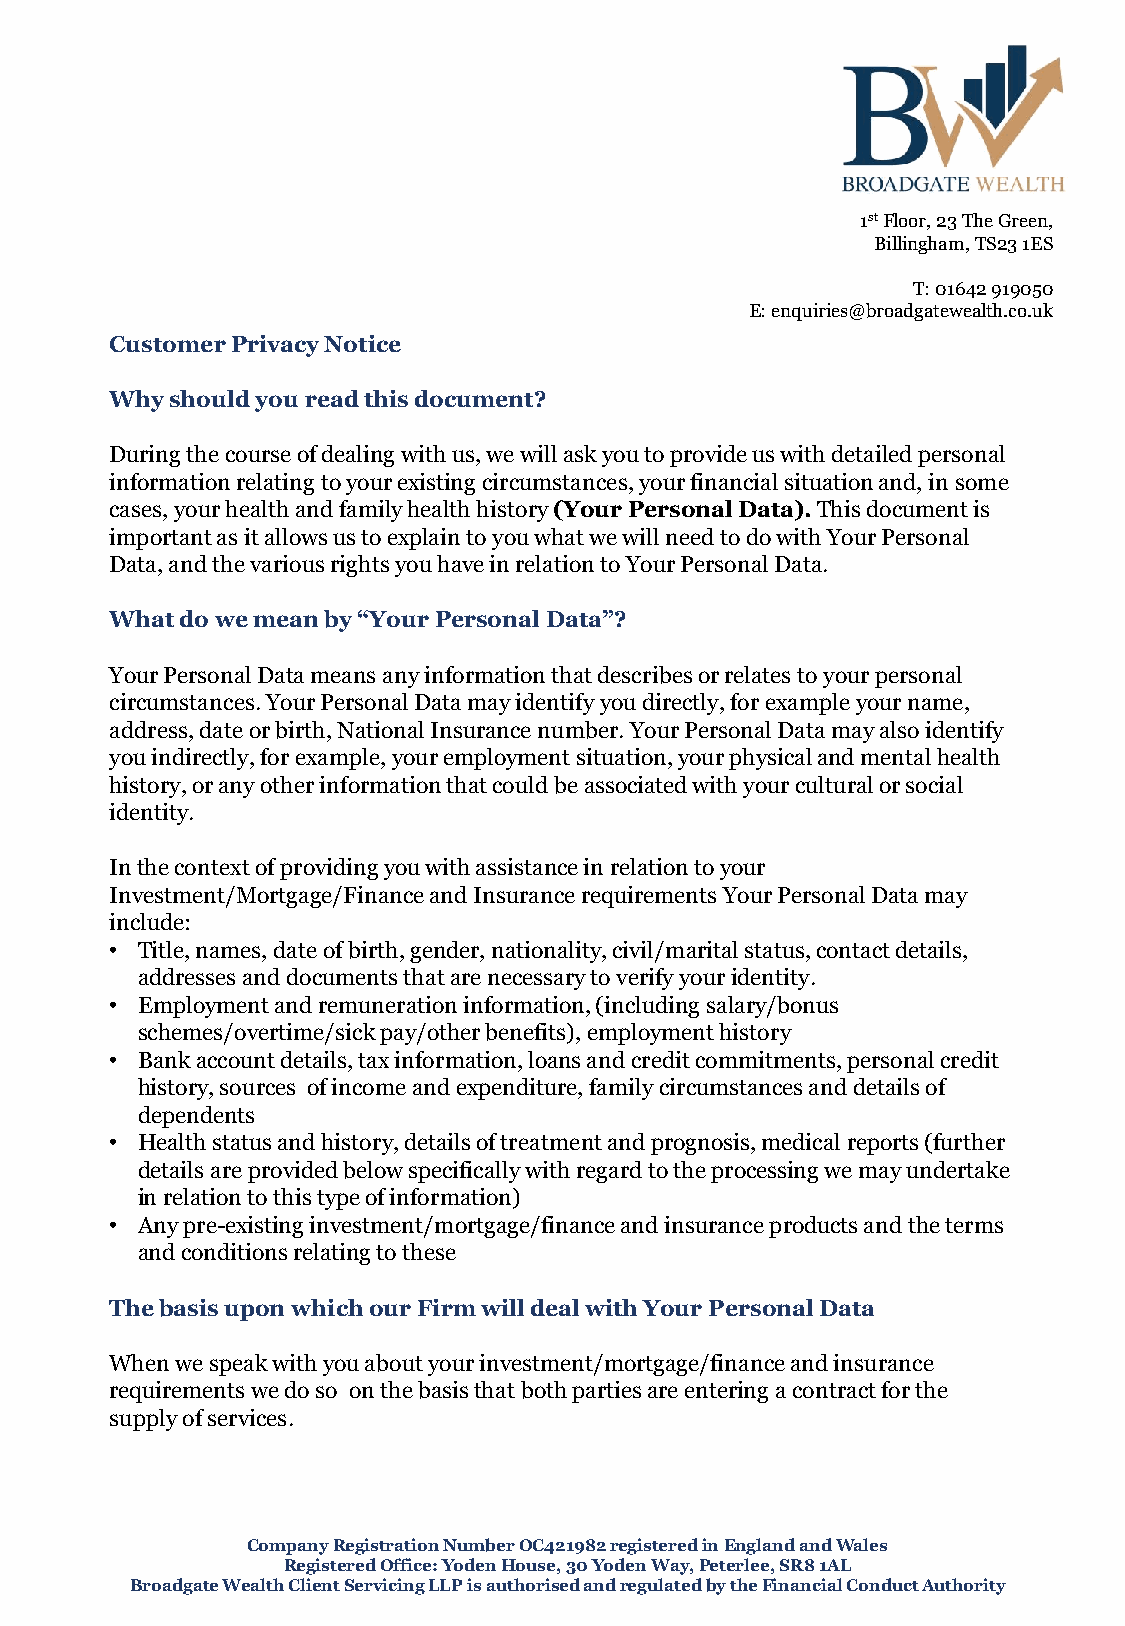
1stFloor, 23 The Green,
 Billingham, TS23 1ES
 T: 01642 919050
 E: enquiries@broadgatewealth.co.uk
 Customer Privacy Notice
 Why should you read this document?
 During the course of dealing with us, we will ask you to provide us with detailed personal
 information relating to your existing circumstances, your financial situation and, in some
 cases, your health and family health history (Your Personal Data). This document is
 important as it allows us to explain to you what we will need to do with Your Personal
 Data, and the various rights you have in relation to Your Personal Data.
 What do we mean by “Your Personal Data”?
 Your Personal Data means any information that describes or relates to your personal
 circumstances. Your Personal Data may identify you directly, for example your name,
 address, date or birth, National Insurance number. Your Personal Data may also identify
 you indirectly, for example, your employment situation, your physical and mental health
 history, or any other information that could be associated with your cultural or social
 identity.
 In the context of providing you with assistance in relation to your
 Investment/Mortgage/Finance and Insurance requirements Your Personal Data may
 include:
 • Title, names, date of birth, gender, nationality, civil/marital status, contact details,
 addresses and documents that are necessary to verify your identity.
 • Employment and remuneration information, (including salary/bonus
 schemes/overtime/sick pay/other benefits), employment history
 • Bank account details, tax information, loans and credit commitments, personal credit
 history, sources of income and expenditure, family circumstances and details of
 dependents
 • Health status and history, details of treatment and prognosis, medical reports (further
 details are provided below specifically with regard to the processing we may undertake
 in relation to this type of information)
 • Any pre-existing investment/mortgage/finance and insurance products and the terms
 and conditions relating to these
 The basis upon which our Firm will deal with Your Personal Data
 When we speak with you about your investment/mortgage/finance and insurance
 requirements we do so on the basis that both parties are entering a contract for the
 supply of services.
 Company Registration Number OC421982 registered in England and Wales
 Registered Office: Yoden House, 30 Yoden Way, Peterlee, SR8 1AL
 Broadgate Wealth Client Servicing LLP is authorised and regulated by the Financial Conduct Authority